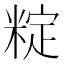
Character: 𬖣